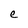
Character: e